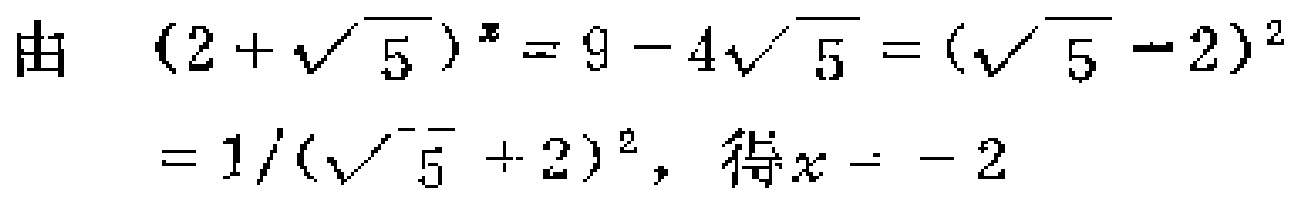
由 \((2 + \sqrt{5})^x = 9 - 4\sqrt{5} = (\sqrt{5} - 2)^2 = 1/(\sqrt{5} + 2)^2\)，得\(x = - 2\)